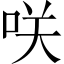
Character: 咲